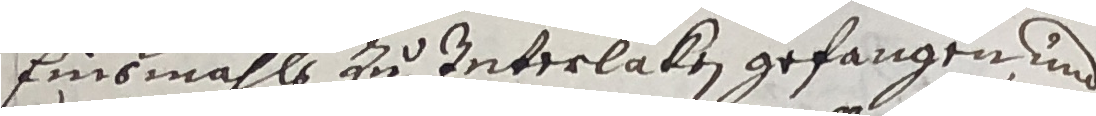
Einsmahls zu Interlaken gefangen und